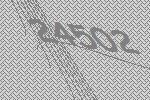
24502